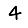
Digit: 4